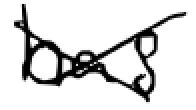
Text: has
Cross-out: cross
Writing tool: digital_black